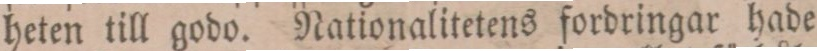
heten till godo. Nationalitetens fordringar hade